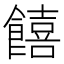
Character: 饎